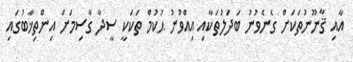
އާއި ޤާނޫނުތަކަށް ގެނެވުނު ބަދަލުތަކާއި އިއްވުނު ޙުކުމް ތަކަކީ ސީދާ ގާސިމަށް އިންތިޚާބުގައި